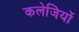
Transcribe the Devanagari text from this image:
कलेजियों